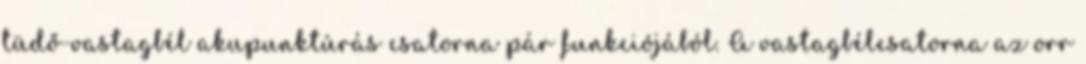
tüdő-vastagbél akupunktúrás csatorna pár funkciójából. A vastagbélcsatorna az orr